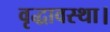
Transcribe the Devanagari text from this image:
वृद्धावस्था।